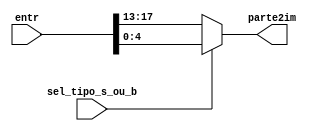
module mux_gimm(sel_tipo_s_ou_b, entr, parte2im);
	//espera-se na entrada inst[31:7]
	input[24:0] entr;
	input sel_tipo_s_ou_b;
	output[4:0] parte2im;
	assign parte2im = (sel_tipo_s_ou_b == 1'b0)? entr[17:13]:entr[4:0];
endmodule